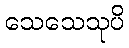
သေသေသုပိ